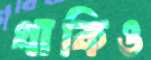
থাকিও